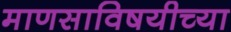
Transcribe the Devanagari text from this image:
माणसाविषयीच्या